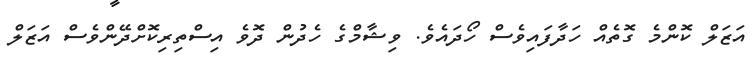
އަޒަލް ކޮންމެ ގޮތެއް ހަދާފައިވެސް ހޯދައެވެ. ވިޝާމްގެ ހެދުން ދޮވެ އިސްތިރިކޮށްދޭންވެސް އަޒަލް